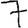
Digit: 7